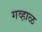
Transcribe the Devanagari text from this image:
गव्हाळ